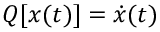
Q [ x ( t ) ] = { \dot { x } } ( t )